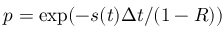
p = \exp ( - s ( t ) \Delta t / ( 1 - R ) )